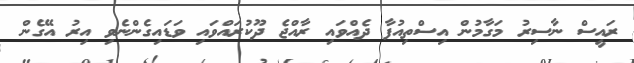
ރައީސް ނާސިރު މަގާމުން އިސްތިއުފާ ދެއްވައި ރާއްޖެ ދޫކުރައްވައި ވަޑައިގެންނެވި އިރު އޭގެން